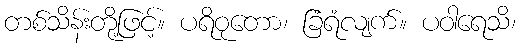
တစ်သိန်းတို့ဖြင့်။ ပရိဝုတော၊ ခြံရံလျက်။ ပဝါရေသိ၊